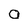
Character: o